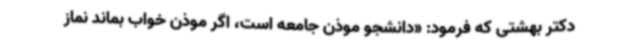
دکتر بهشتی که فرمود: «دانشجو موذن جامعه است، اگر موذن خواب بماند نماز